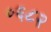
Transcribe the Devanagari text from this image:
०६८२